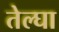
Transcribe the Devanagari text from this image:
तेल्घा